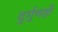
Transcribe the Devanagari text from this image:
दुर्गुणही